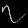
Digit: ၇